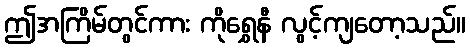
ဤအကြိမ်တွင်ကား ကိုရွှေနီ လွင့်ကျတော့သည်။